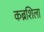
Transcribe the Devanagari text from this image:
कब्रशिला